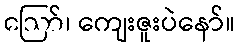
ဪ၊ ကျေးဇူးပဲနော်။